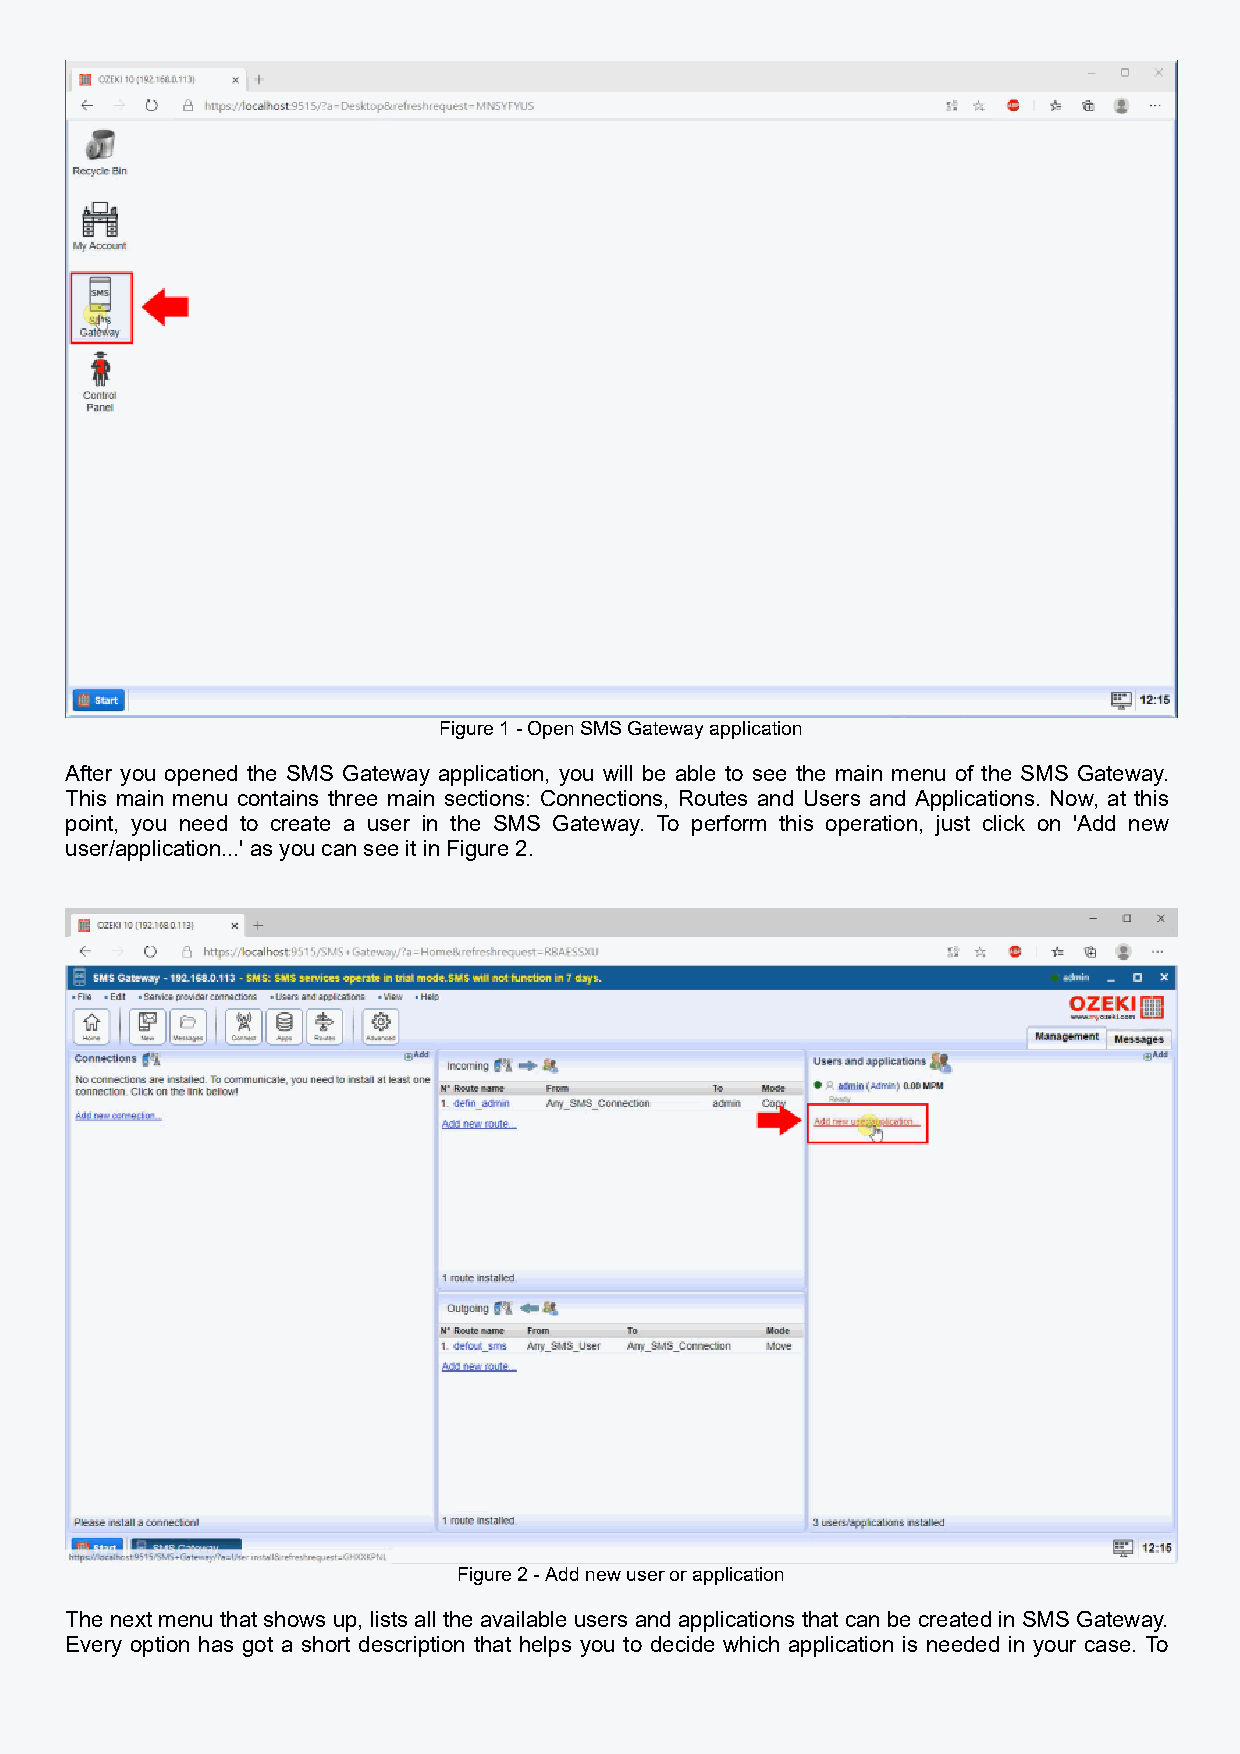
Figure 1 - Open SMS Gateway application
 After you opened the SMS Gateway application, you will be able to see the main menu of the SMS Gateway.
 This main menu contains three main sections: Connections, Routes and Users and Applications. Now, at this
 point, you need to create a user in the SMS Gateway. To perform this operation, just click on 'Add new
 user/application...' as you can see it in Figure 2.
 Figure 2 - Add new user or application
 The next menu that shows up, lists all the available users and applications that can be created in SMS Gateway.
 Every option has got a short description that helps you to decide which application is needed in your case. To